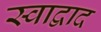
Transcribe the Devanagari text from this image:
स्वाद्वाद